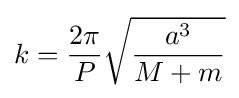
k={\frac {2\pi }{P}}{\sqrt {\frac {a^{3}}{M+m}}}